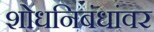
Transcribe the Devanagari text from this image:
शोधनिबंधांवर